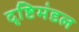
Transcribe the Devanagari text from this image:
दृष्टिमंडल